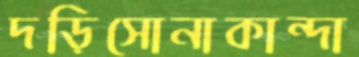
দড়িসোনাকান্দা